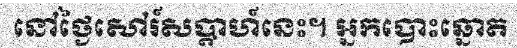
នៅថ្ងៃសៅរ៍សប្តាហ៍នេះ។ អ្នកបោះឆ្នោត